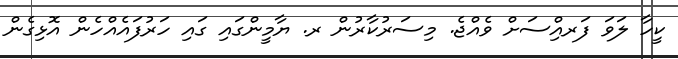
ކީހާ ލަވަ ފަރއިްސަށް ވެއްޖެ. މިސަރުކާރުން ރ. ޔާމީންގައި ގައި ހަރުފައެއްހެން އޮޅިގެން